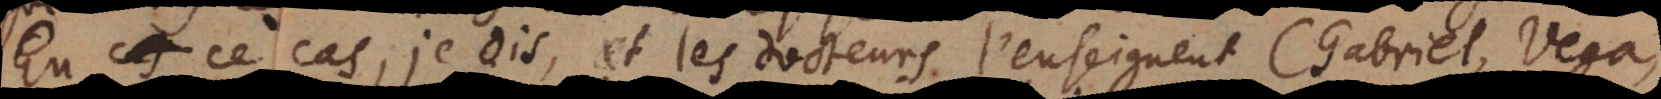
en ce cas, je dis, et les docteurs l’enseignent (Gabriel, Vega,